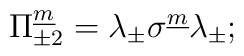
\Pi^{\underline m}_{\pm2}=\lambda_{\pm}\sigma^{\underline m}\lambda_{\pm};